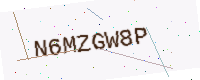
Text: N6MZGW8P